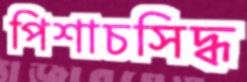
পিশাচসিদ্ধ